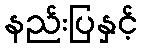
နည်းပြနှင့်